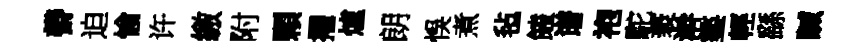
欎迫愉许繳附顆擢爐朗悞煮毡饁谱袍駝袤澣鏊輕繇贓